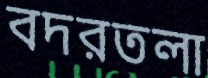
বদরতলা